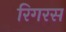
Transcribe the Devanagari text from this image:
रिगरस